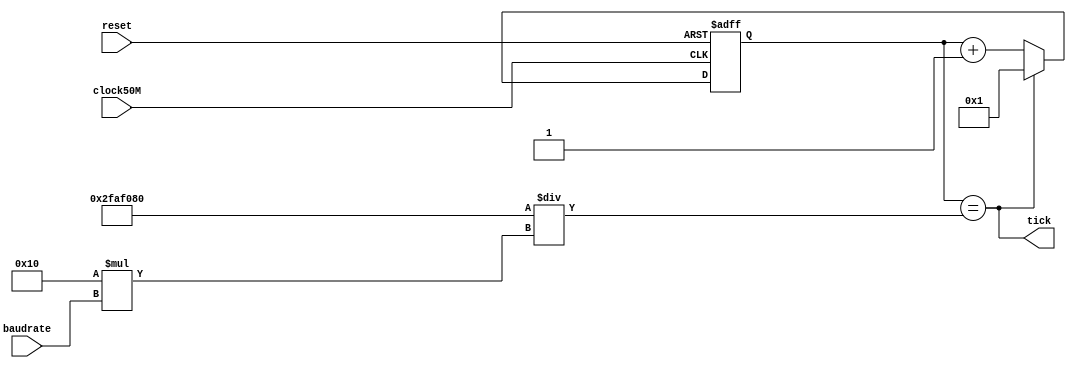
module geradorTick(	input clock50M, reset,
							input [31:0] baudrate,
							output tick);

	reg [31:0] contadorClock50M; // Contador de clock (conta at rate = 27, pois 50M / (16 * 115200))
	wire [31:0] Rate; // Divisor para baudrate

	assign Rate = 50000000 / (16 * baudrate);

	always @(posedge clock50M or negedge reset)
	begin
		if (!reset)		
			contadorClock50M <= 32'd1;		
	
		else if (tick)		
			contadorClock50M <= 32'd1;		
		
		else		
			contadorClock50M <= contadorClock50M + 32'd1;		
	end
	
	assign tick = (contadorClock50M == Rate);
	
endmodule